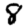
Digit: 8